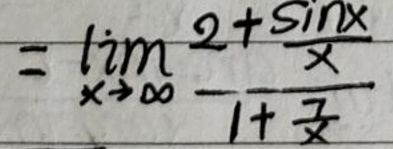
\[
=\lim_{x \to \infty} \frac{2 + \frac{\sin x}{x}}{1 + \frac{7}{x}}
\]